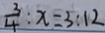
\frac { 3 } { 4 } : x = 3 : 1 2